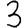
Digit: 3